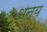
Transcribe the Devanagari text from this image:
अन्य